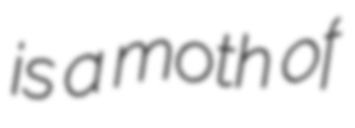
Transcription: is a moth of